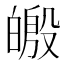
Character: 𪾄